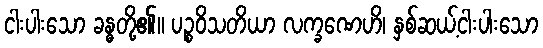
ငါးပါးသော ခန္ဓတို့၏။ ပဉ္စဝိသတိယာ လက္ခဏေဟိ၊ နှစ်ဆယ့်ငါးပါးသော